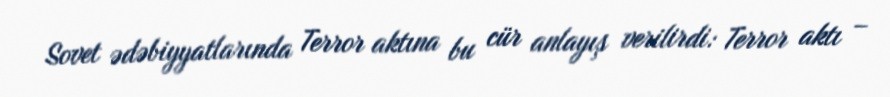
Sovet ədəbiyyatlarında Terror aktına bu cür anlayış verilirdi: Terror aktı –